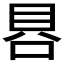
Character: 𰇩